Annual administration report of the Civil Veterinary Department of India - 1897-1898
Year: 1897
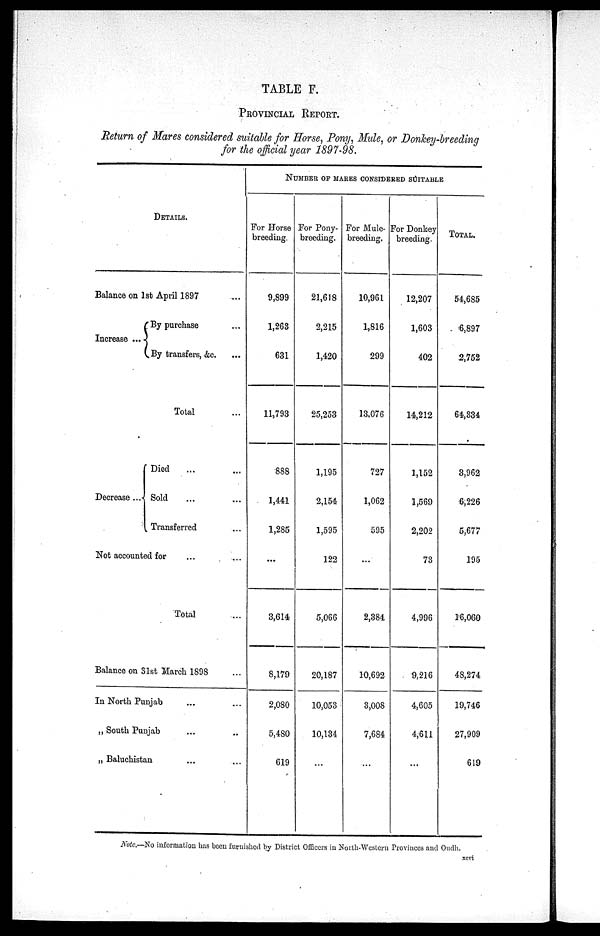
TABLE F.
PROVINCIAL REPORT.
Return of Mares considered suitable for Horse, Pony, Male, or Donkey-breeding
for the official year 1897-98.
DETAILS.
Balance on 1st April 1897 ...
Increase ...
By purchase ...
By transfers, &c. ...
Total ...
Decrease ...
Died ... ...
Sold ... ...
Transferred ...
Not accounted for ... ...
Total ...
Balance on 31st March 1898 ...
In North Punjab ... ...
„ South Punjab ... ...
„ Baluchistan ... ...
NUMBER OF MARES CONSIDERED STUTABLE
For Horse
breeding.
9,899
1,263
631
11,793
888
1,441
1,285
...
3,614
8,179
2,080
5,480
619
For Pony-
breeding.
21,618
2,215
1,420
25,253
1,195
2,154
1,595
122
5,066
20,187
10,053
10,134
...
For Mule-
breeding.
10,961
1,816
299
13,076
727
1,062
595
...
2,384
10,692
3,008
7,684
...
For Donkey
breeding.
12,207
1,603
402
14,212
1,152
1,569
2,202
73
4,996
9,216
4,605
4,611
...
TOTAL.
54,685
6,897
2,752
64,334
3,962
6,226
5,677
195
16,060
48,274
19,746
27,909
619
Note.—No information has been furnished by District Officers in North-Western Provinces and Oudh.
xcvi